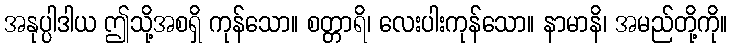
အနုပ္ပါဒါယ ဤသို့အစရှိ ကုန်သော။ စတ္တာရိ၊ လေးပါးကုန်သော။ နာမာနိ၊ အမည်တို့ကို။